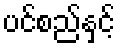
ပင်စည်နှင့်